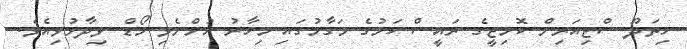
ހިތަދޫ ސްޓިއަރިން ކޮމިޓީގެ ރައީސް ކަމުގެ މަގާމުގައި މިހާރު ހުންނެވި މޯޑް ވިދާޅުވިއެވެ.